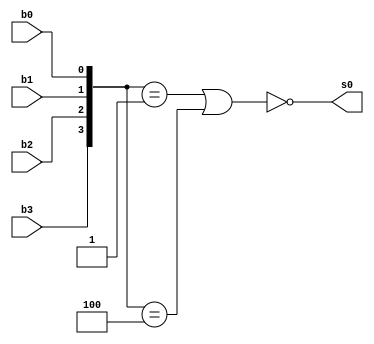
module circuito1(
    input b3,
    input b2,
    input b1,
    input b0,
    output s0);

wire [3:0] entrada = {b3, b2, b1, b0};

/*
assign s0 = 
      (entrada == 0) 
    | (entrada == 2)
    | (entrada == 3)
    | (entrada == 5)
    | (entrada == 6)
    | (entrada == 7)
    | (entrada == 8)
    | (entrada == 9);
*/
assign s0 = 
    ~(  (entrada == 1) 
       |(entrada == 4) );

endmodule

module testbench;
reg i_b3, i_b2, i_b1, i_b0;
wire o;

circuito1 teste(i_b3, i_b2, i_b1, i_b0, o);

initial begin
    $dumpvars;
    i_b3 = 0; i_b2 = 0; i_b1 = 0; i_b0 = 0;
    #4;
    i_b3 = 0; i_b2 = 0; i_b1 = 0; i_b0 = 1;
    #4;
    i_b3 = 0; i_b2 = 0; i_b1 = 1; i_b0 = 0;
    #4;
    i_b3 = 0; i_b2 = 0; i_b1 = 1; i_b0 = 1;
    #4;
    i_b3 = 0; i_b2 = 1; i_b1 = 0; i_b0 = 0;
    #4;
    i_b3 = 0; i_b2 = 1; i_b1 = 0; i_b0 = 1;
    #4;
    i_b3 = 0; i_b2 = 1; i_b1 = 1; i_b0 = 0;
    #4;
    i_b3 = 0; i_b2 = 1; i_b1 = 1; i_b0 = 1;
    #4;
    i_b3 = 1; i_b2 = 0; i_b1 = 0; i_b0 = 0;
    #4;
    i_b3 = 1; i_b2 = 0; i_b1 = 0; i_b0 = 1;
    #4;

end

endmodule